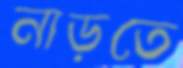
নাড়তে